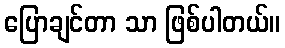
ပြောချင်တာ သာ ဖြစ်ပါတယ်။